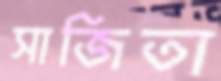
সাজিতা